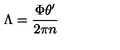
\Lambda = { \frac { \Phi \theta ^ { \prime } } { 2 \pi n } }